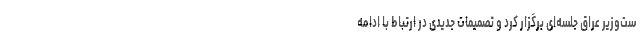
ست‌وزیر عراق جلسه‌ای برگزار کرد و تصمیمات جدیدی در ارتباط با ادامه